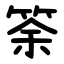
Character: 筡